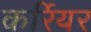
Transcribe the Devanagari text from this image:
कर्रियर